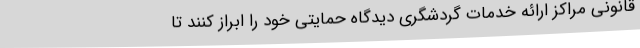
قانونی مراکز ارائه خدمات گردشگری دیدگاه حمایتی خود را ابراز کنند تا